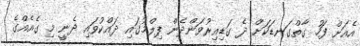
އެއަށް ފަހު ގާތްގަނޑަކަށް ދެ ގަޑިއިރުވަންދެން ފިލްމުގައި ދައްކުވައި ދެނީ މި ގެއެއްގެ